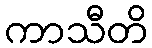
ကာသီတိ